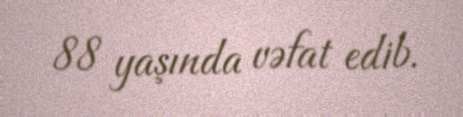
88 yaşında vəfat edib.